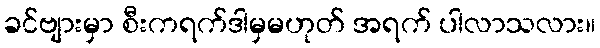
ခင်ဗျားမှာ စီးကရက်ဒါမှမဟုတ် အရက် ပါလာသလား။